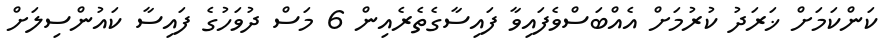
ކަންކަމަށް ޚަރަދު ކުރުމަށް އެއްބަސްވެފައިވާ ފައިސާގެތެރެއިން 6 މަސް ދުވަހުގެ ފައިސާ ކައުންސިލަށް